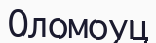
Оломоуц